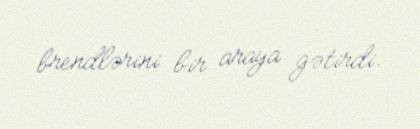
brendlərini bir araya gətirdi.